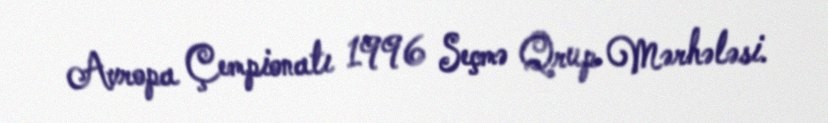
Avropa Çempionatı 1996 Seçmə Qrup Mərhələsi.